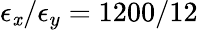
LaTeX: \epsilon_{\mathit{x}}/\epsilon_{y}=1200/12